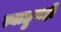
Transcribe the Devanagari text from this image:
त्याहुनही